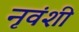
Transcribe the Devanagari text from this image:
नृवंशी